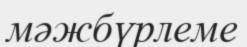
мәжбүрлеме